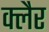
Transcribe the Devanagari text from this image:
क्लैर